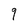
Character: 9